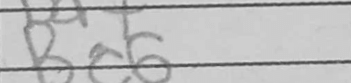
Transcription: Bc6